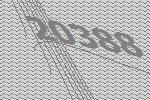
20388